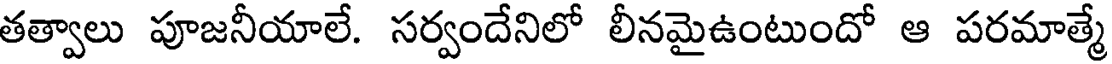
తత్వాలు పూజనీయాలే. సర్వందేనిలో లీనమైఉంటుందో ఆ పరమాత్మే